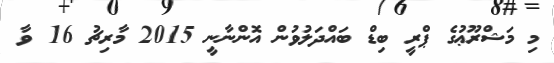
މި މަޝްރޫޢުގެ ޕްރީ ބިޑް ބައްދަލުވުން އޮންނާނީ 2015 މާރިޗު 16 ވާ